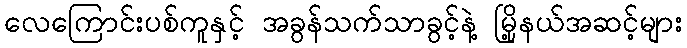
လေကြောင်းပစ်ကူနှင့် အခွန်သက်သာခွင့်နဲ့ မြို့နယ်အဆင့်များ